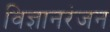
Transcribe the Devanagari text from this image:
विज्ञानरंजन